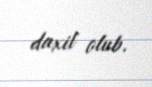
daxil olub.